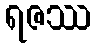
ရဇဿ